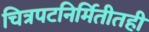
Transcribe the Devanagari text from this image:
चित्रपटनिर्मितीतही